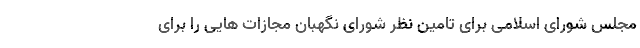
مجلس شورای اسلامی برای تامین نظر شورای نگهبان مجازات هایی را برای